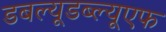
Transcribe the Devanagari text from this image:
डबल्यूडब्ल्यूएफ